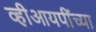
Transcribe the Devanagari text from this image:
व्हीआयपींच्या